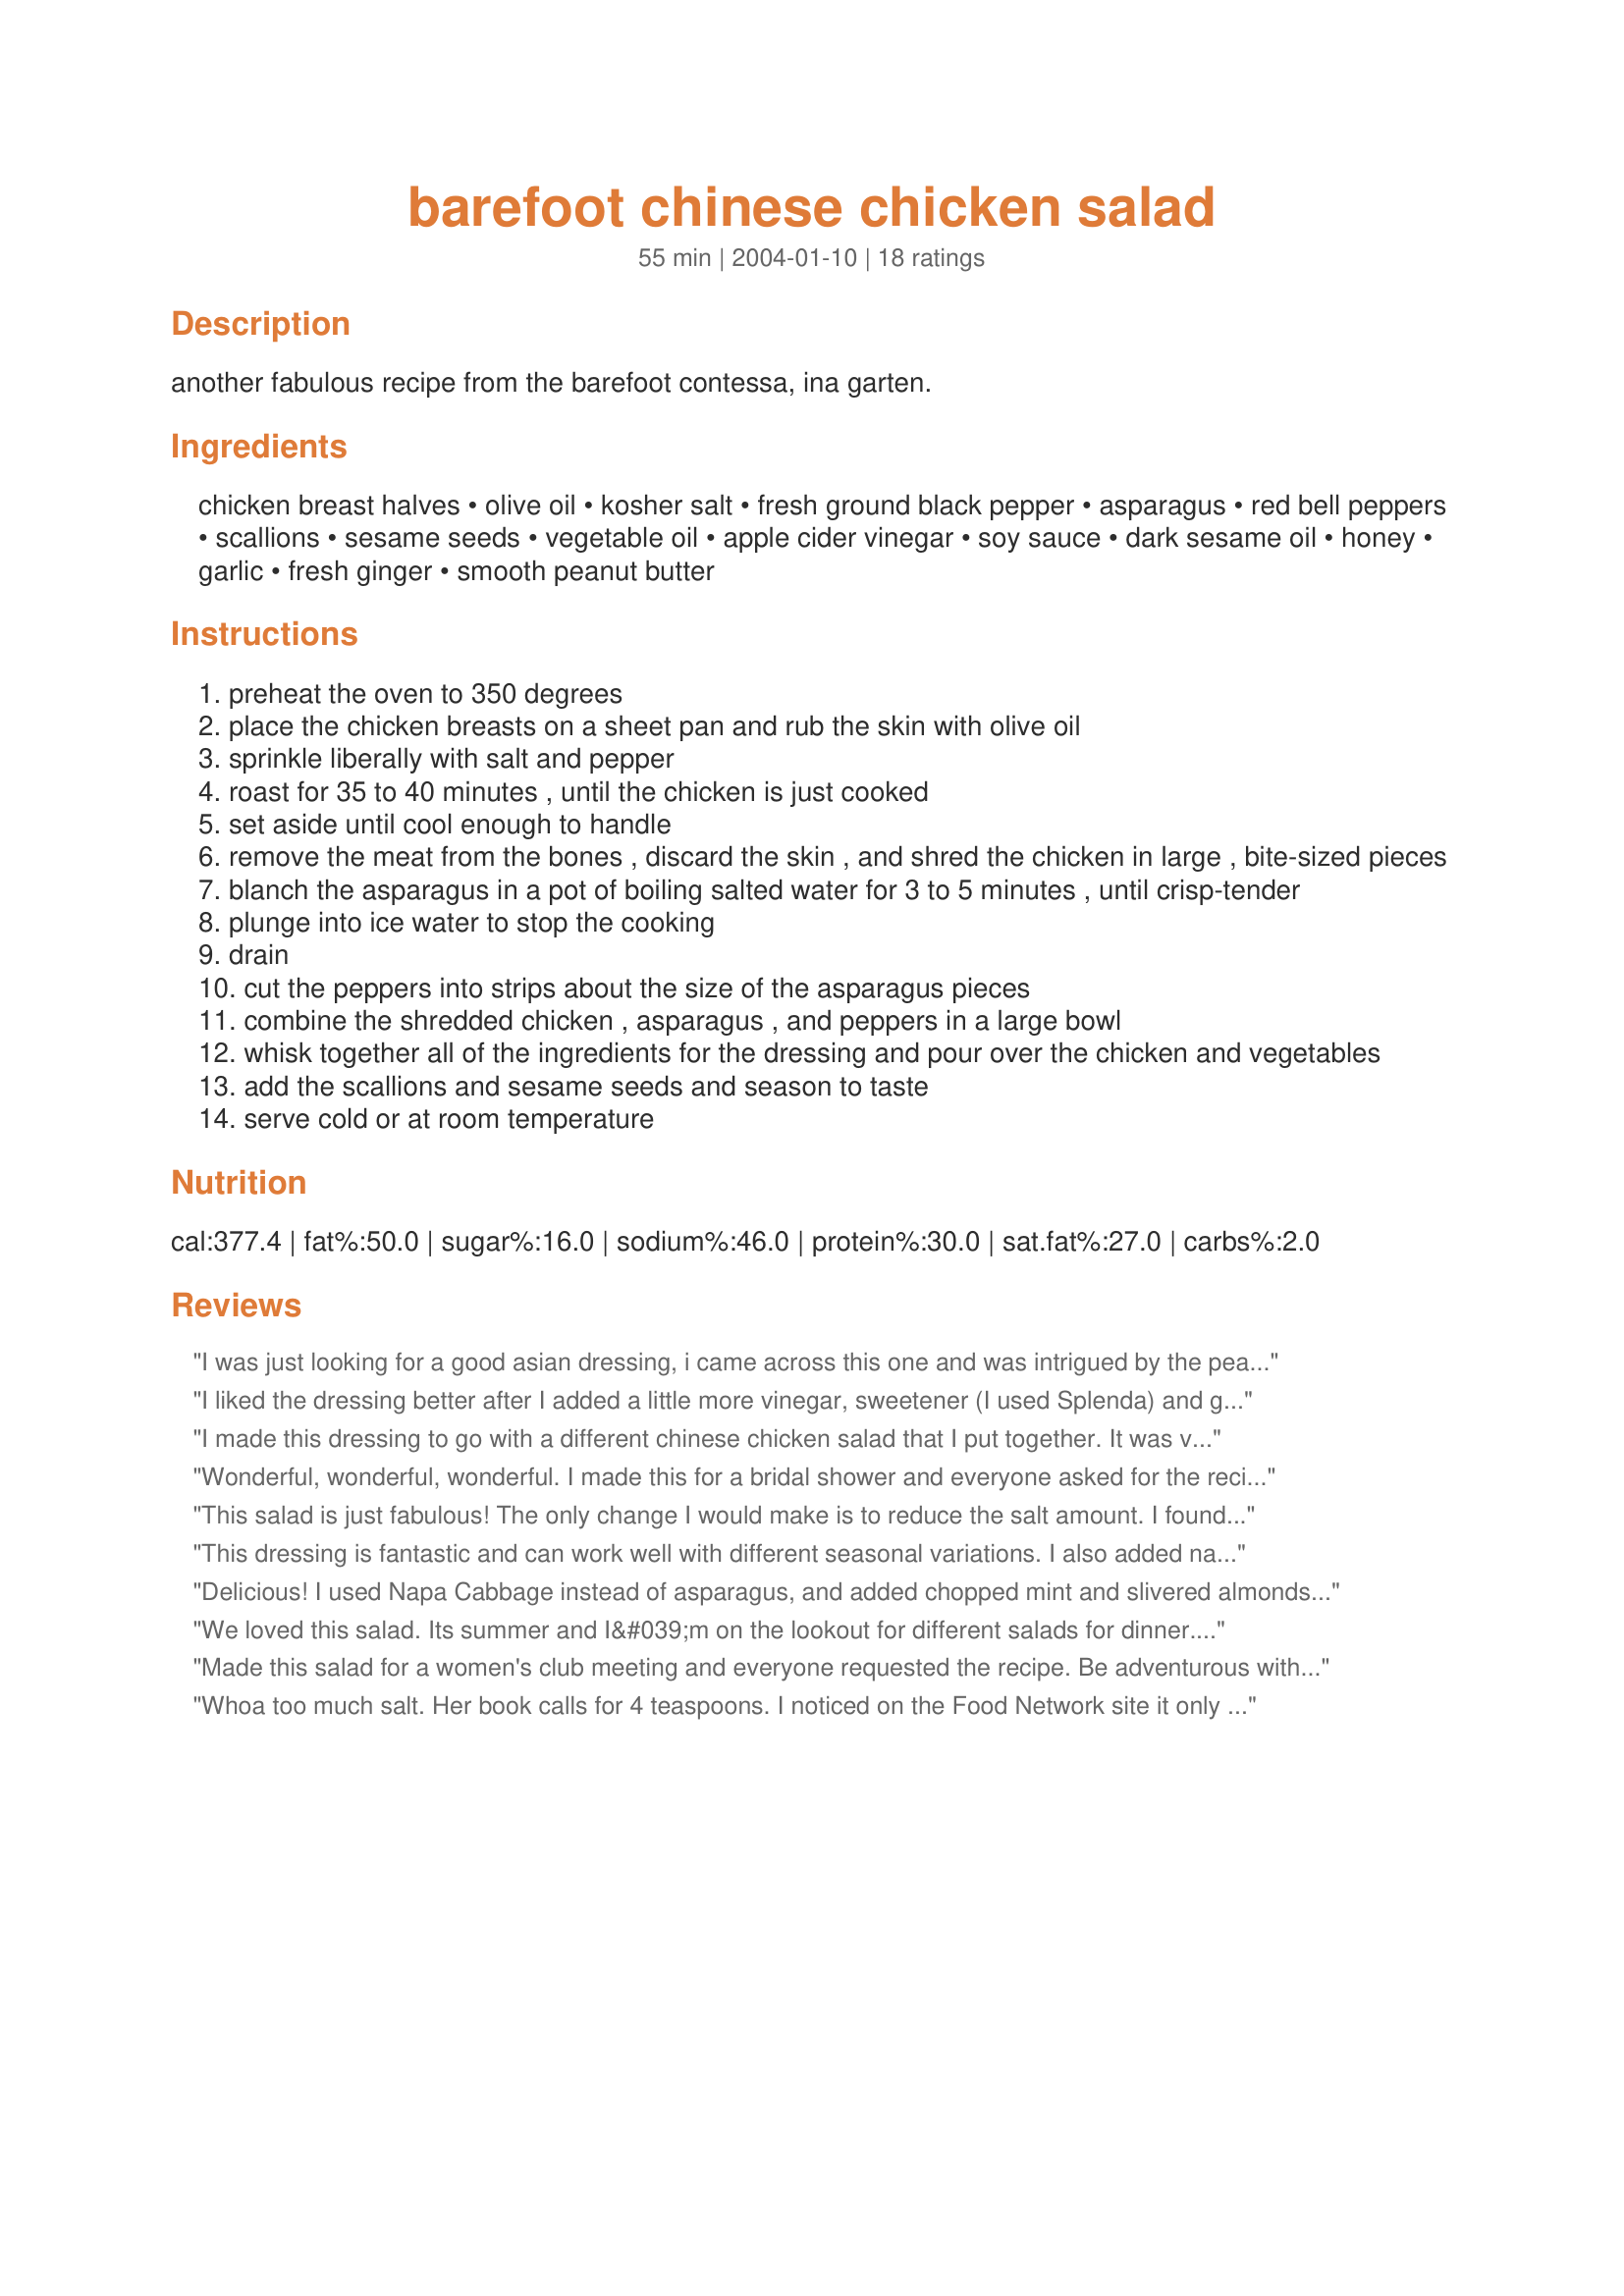
barefoot chinese chicken salad
Preparation time: 55 minutes

another fabulous recipe from the barefoot contessa, ina garten.

Ingredients:
chicken breast halves, olive oil, kosher salt, fresh ground black pepper, asparagus, red bell peppers, scallions, sesame seeds, vegetable oil, apple cider vinegar, soy sauce, dark sesame oil, honey, garlic, fresh ginger, smooth peanut butter

Steps:
preheat the oven to 350 degrees
place the chicken breasts on a sheet pan and rub the skin with olive oil
sprinkle liberally with salt and pepper
roast for 35 to 40 minutes , until the chicken is just cooked
set aside until cool enough to handle
remove the meat from the bones , discard the skin , and shred the chicken in large , bite-sized pieces
blanch the asparagus in a pot of boiling salted water for 3 to 5 minutes , until crisp-tender
plunge into ice water to stop the cooking
drain
cut the peppers into strips about the size of the asparagus pieces
combine the shredded chicken , asparagus , and peppers in a large bowl
whisk together all of the ingredients for the dressing and pour over the chicken and vegetables
add the scallions and sesame seeds and season to taste
serve cold or at room temperature

Reviews:
I was just looking for a good asian dressing, i came across this one and was intrigued by the peanut butter! i tossed it in a pasta salada with stir fry veggies and wow! i had some left over so i took it to work and every single person asked me for the recipe!!! thanks a bunch! :)
I liked the dressing better after I added a little more vinegar, sweetener (I used Splenda) and ginger - the peanut butter's a brilliant addition. A touch of dry mustard might give it a bit more kick, as well.

This was good on cold, roasted Brussels sprouts and would be good on a cold salad with shirataki noodles.
I made this dressing to go with a different chinese chicken salad that I put together. It was very nice. I think rice wine vinegar would go really well with this. I only used 2 teaspoons of the dark sesame oil for personal preference and did add about 1 1/2 tsp of splenda. Worked well for us. I'll make this again. Thanks
Wonderful, wonderful, wonderful. I made this for a bridal shower and everyone asked for the recipe. I added some shredded lettuce to add more volume. Next time I'll add some shredded cabbage.
This salad is just fabulous! The only change I would make is to reduce the salt amount. I found that with the soy and peanut butter it was a little too salty with the 4 tsp. of salt. We typically use very little salt, so this is just personal preference. Thanks for sharing such a great recipe!
This dressing is fantastic and can work well with different seasonal variations. I also added napa cabbage, a little purple cabbage (for color) and chow mein noodles. Beautiful, delicious, a great one-dish meal.
Delicious! I used Napa Cabbage instead of asparagus, and added chopped mint and slivered almonds. This is a keeper! Easy to make.
We loved this salad. Its summer and I&#039;m on the lookout for different salads for dinner. DH and I loved this as is but DD#2 and DS both thought it had too much asparagus. They both like asparagus so not sure where this came from. I still gave it 5 stars because they still liked the salad. I plan on making this a few more times this summer. Thank you for sharing.
Made this salad for a women's club meeting and everyone requested the recipe. Be adventurous with the salad part (I used lettuce & romaine, mandarin oranges, avocado and chopped peanuts). Everyone loved it.
I added more fresh ginger plus 2 t of sugar to give it just the right zip for me.
Thank you for sharing.
Whoa too much salt. Her book calls for 4 teaspoons. I noticed on the Food Network site it only calls for two. Wish I had put just one. You can always add more.
i loved this! made a big batch and ate it for about 5 days straight
Since it looks like there is a plethora of Chinese Chicken Salad reipes out there and I LOVE anything the 'Contessa' does, I thought I'd just comment that using a dressing very similar to this, it is KILLER on shredded cabbage, julienned carrots, sliced mushrooms, chopped parsley, chopped cilantro, chopped green onion, chopped spring garlic and sliced chicken breasts. Sprinkle with toasted slivered almonds and sesame seeds. :-) So that is my contribution without cluttering up the recipe files too much been there/done that recipes.
Had boring leftover grilled chicken and pepper kebabs so i diced them up and tossed with this great dressing; was wonderful! Easy and much tastier than last night's dinner and perfect in romaine lettuce cups for a healthy lunch. Thanks!
Delightfully different, this salad sans mayonnaise is a wonderful variation on standard chicken salads. I used shredded rotisserie chicken, leftover grilled asparagus, and roasted red pepper. I made one fourth of the recipe, which makes 2 entree size servings but more if one adds it to greens or cooked pasta. This is way too salty as written, and if one did not use Kosher salt, it could be unbearably salty unless one cuts the amount by half. I suggest using 1/4 t. for one fourth recipe next time. I used 3/4 t. this time. The balance of ingredients in the dressing is phenomenal. A great recipe for low carb dieters, this promises to be a crowd pleaser generally.
Excellent recipe! I will use this dressing for lots of salads. And the chicken came out so moist and tender. Wonderful!!!
Beautiful, colorful salad and ouououou, the dressing. LOVED it. I like met0813's suggestion of adding lettuce or cabbage. I think I'll try nappa cabbage next time and double the dressing to accomodate it. Only change I made was to use crunchy peanut butter (that's what I had on hand) and I don't think that was a problem at all. I thought the salad was most flavorful at room temperature.
This is one of the best salads I've ever had. The only change I made was to marinate the chicken in rice wine vinigar ans sesame oil and then grilled the chicken. The dressing is awsome.
This was tasty! I got lazy though and used a rotisserie chicken and also used a dole asian salad kit to mix some greens in with this like some others mentioned. This made a nice light dinner and was simple to make. Thanks for sharing the recipe!
